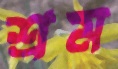
শ্রম